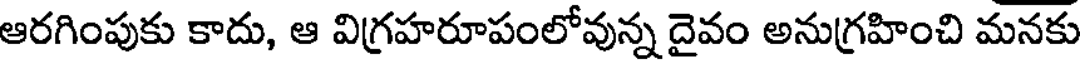
ఆరగింపుకు కాదు, ఆ విగ్రహరూపంలోవున్న దైవం అనుగ్రహించి మనకు